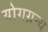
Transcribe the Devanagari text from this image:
योगग्रन्थ